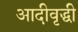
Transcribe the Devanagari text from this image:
आदीवृद्धी